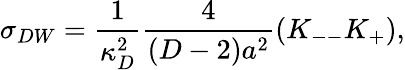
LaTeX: \sigma_{DW}={\frac{1}{\kappa_{D}^{2}}}{\frac{4}{(D-2)a^{2}}}(K_{--}K_{+}),